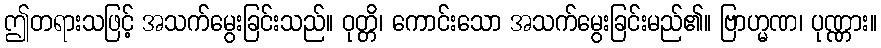
ဤတရားသဖြင့် အသက်မွေးခြင်းသည်။ ဝုတ္တိ၊ ကောင်းသော အသက်မွေးခြင်းမည်၏။ ဗြာဟ္မဏ၊ ပုဏ္ဏား။